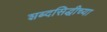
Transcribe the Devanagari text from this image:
शब्दसिद्धीच्या